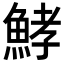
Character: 𩷨